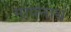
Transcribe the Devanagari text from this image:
मापनार्थ